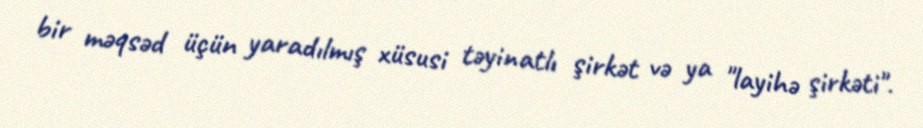
bir məqsəd üçün yaradılmış xüsusi təyinatlı şirkət və ya "layihə şirkəti".